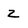
Character: 2